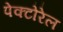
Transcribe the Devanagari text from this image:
पेक्टोरेल